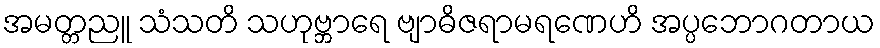
အမတ္တညူ သံသတိ သဟုဗ္ဘာရေ ဗျာဓိဇရာမရဏေဟိ အပ္ပဘောဂတာယ